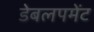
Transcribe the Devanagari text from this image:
डेबलपमेंट